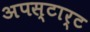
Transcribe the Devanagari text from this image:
अपस्टार्ट